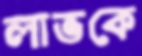
লাভকে